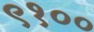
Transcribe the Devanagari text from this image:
९१००